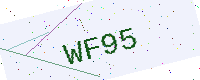
Text: WF95